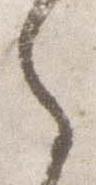
之